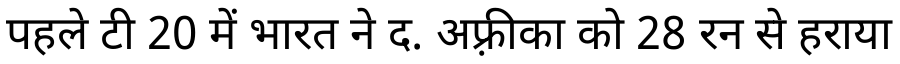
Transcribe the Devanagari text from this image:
पहले टी 20 में भारत ने द. अफ़्रीका को 28 रन से हराया